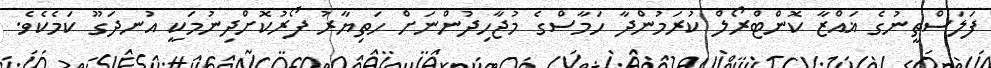
ފަލަސްތީނުގެ ޣައްޒާ ކޮންޓްރޯލް ކުރަމުންދާ ހަމާސްގެ މުޖާހިދުންނަށް ހަތިޔާރު ފޯރުކޮށްދިނުމަކީ އުނދަގޫ ކަމެކެވެ.